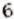
6